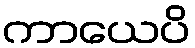
ကာယေပိ